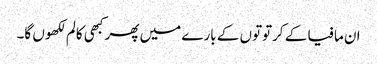
ان مافیا کے کرتوتوں کے بارے میں پھر کبھی کالم لکھوں گا۔